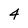
Character: 4